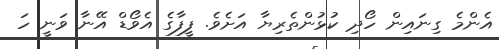
އެންމެ ގިނައިން ހޯދި ކުޅުންތެރިޔާ އަށެވެ. ފީފާގެ އެވޯޑް އޭނާ ވަނީ ހަ